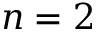
n = 2